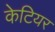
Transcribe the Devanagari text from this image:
केटियर